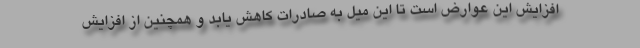
افزایش این عوارض است تا این میل به صادرات کاهش یابد و همچنین از افزایش